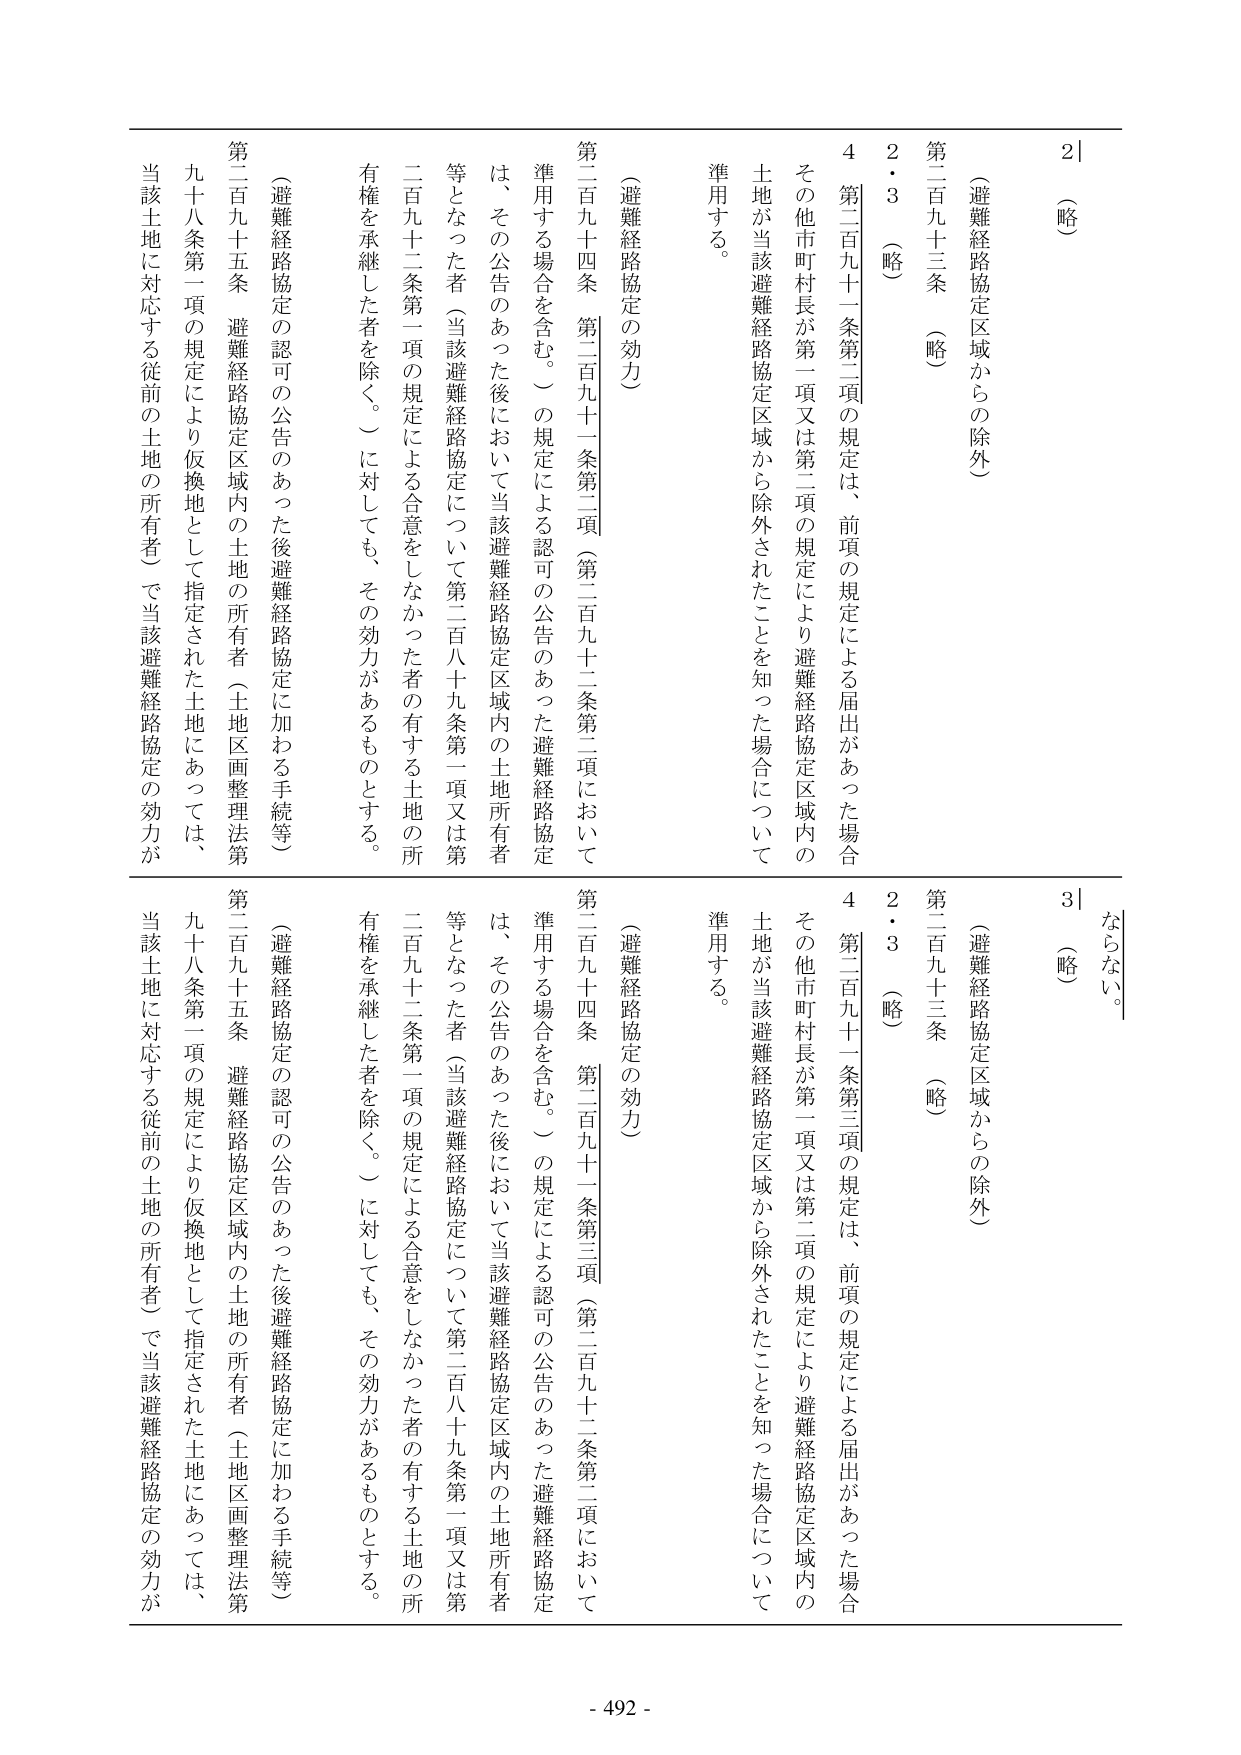
（略）
2
（避難経路協定区域からの除外）
第二百九十三条 （略）
2・3 （略）
4 第二百九十一条第二項の規定は、前項の規定による届出があった場合
その他市町村長が第一項又は第二項の規定により避難経路協定区域内の
土地が当該避難経路協定区域から除外されたことを知った場合について
準用する。

（避難経路協定の効力）
第二百九十四条 第二百九十一条第二項（第二百九十二条第二項において
準用する場合を含む。）の規定による認可の公告のあった避難経路協定
は、その公告のあった後において当該避難経路協定区域内の土地所有者
等となった者（当該避難経路協定について第二百八十九条第一項又は第
二百九十二条第一項の規定による合意をしなかった者の有する土地の所
有権を承継した者を除く。）に対しても、その効力があるものとする。

（避難経路協定の認可の公告のあった後避難経路協定に加わる手続等）
第二百九十五条 避難経路協定区域内の土地の所有者（土地区画整理法第
九十八条第一項の規定により仮換地として指定された土地にあっては、
当該土地に対応する従前の土地の所有者）で当該避難経路協定の効力が

（略）
3
（避難経路協定区域からの除外）
第二百九十三条 （略）
2・3 （略）
4 第二百九十一条第三項の規定は、前項の規定による届出があった場合
その他市町村長が第一項又は第二項の規定により避難経路協定区域内の
土地が当該避難経路協定区域から除外されたことを知った場合について
準用する。

（避難経路協定の効力）
第二百九十四条 第二百九十一条第三項（第二百九十二条第二項において
準用する場合を含む。）の規定による認可の公告のあった避難経路協定
は、その公告のあった後において当該避難経路協定区域内の土地所有者
等となった者（当該避難経路協定について第二百八十九条第一項又は第
二百九十二条第一項の規定による合意をしなかった者の有する土地の所
有権を承継した者を除く。）に対しても、その効力があるものとする。

（避難経路協定の認可の公告のあった後避難経路協定に加わる手続等）
第二百九十五条 避難経路協定区域内の土地の所有者（土地区画整理法第
九十八条第一項の規定により仮換地として指定された土地にあっては、
当該土地に対応する従前の土地の所有者）で当該避難経路協定の効力が
ならない。

- 492 -